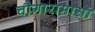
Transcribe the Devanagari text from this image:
चौगारामासा